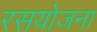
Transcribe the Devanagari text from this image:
रसयोजना